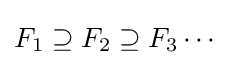
F_{1}\supseteq F_{2}\supseteq F_{3}\cdots